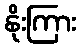
နိုးကြား